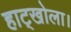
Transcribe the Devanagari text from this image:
हाट्खोला।